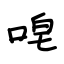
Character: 唣